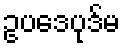
ဥပဒေပုဒ်မ